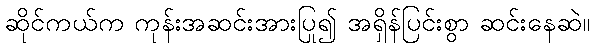
ဆိုင်ကယ်က ကုန်းအဆင်းအားပြု၍ အရှိန်ပြင်းစွာ ဆင်းနေဆဲ။